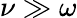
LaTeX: \nu\gg\omega